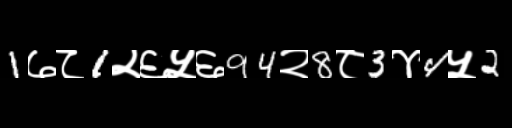
Text: 1७८1२६५६94२8८3४4५2